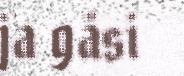
ja gåsi